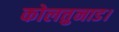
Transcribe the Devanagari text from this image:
कोलत्तुनाड।